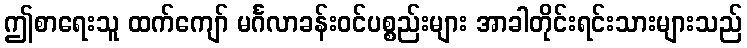
ဤစာရေးသူ ထက်ကျော် မင်္ဂလာခန်းဝင်ပစ္စည်းများ အာခါတိုင်းရင်းသားများသည်